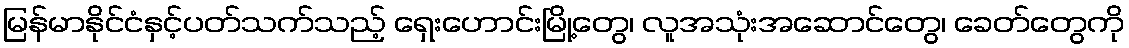
မြန်မာနိုင်ငံနှင့်ပတ်သက်သည့် ရှေးဟောင်းမြို့တွေ၊ လူအသုံးအဆောင်တွေ၊ ခေတ်တွေကို